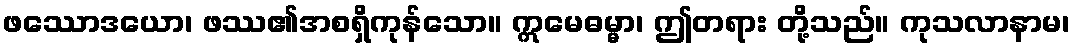
ဖဿောဒယော၊ ဖဿ၏အစရှိကုန်သော။ ဣမေဓမ္မာ၊ ဤတရား တို့သည်။ ကုသလာနာမ၊